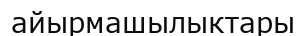
айырмашылыктары